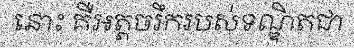
នោះ គឺអត្តចរឹករបស់ទណ្ឌិតជា